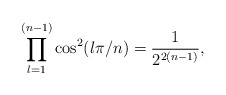
\begin{align*}\prod_{l=1}^{(n-1)} \cos^2 (l\pi/n) = {1\over 2^{2(n-1)}},\end{align*}